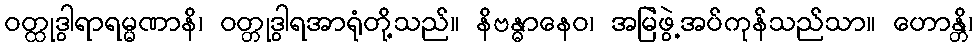
ဝတ္ထုဒွါရာရမ္မဏာနိ၊ ဝတ္တုဒွါရအာရုံတို့သည်။ နိဗန္ဓာနေဝ၊ အမြဲဖွဲ့အပ်ကုန်သည်သာ။ ဟောန္တိ၊